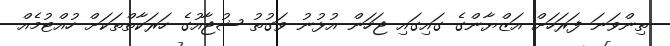
ތިންވަނަ ފަރަހަށް އަޒްޔާންގެ ގައިގައި ޖަހަން އުޅުނު ވަގުތު ޝުޖާއުގެ ހަރަކާތްތަކަށް ހުއްޓުމެއް